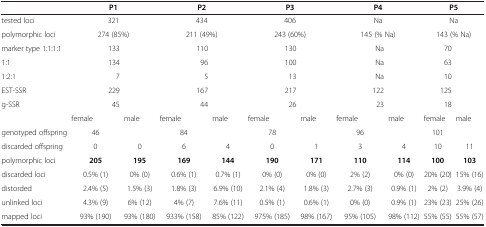
<table><thead><tr><td><b> </b></td><td colspan="2"><b>P1</b></td><td colspan="2"><b>P2</b></td><td colspan="2"><b>P3</b></td><td colspan="2"><b>P4</b></td><td colspan="2"><b>P5</b></td></tr></thead><tbody><tr><td>tested loci</td><td colspan="2">321</td><td colspan="2">434</td><td colspan="2">406</td><td colspan="2">Na</td><td colspan="2">Na</td></tr><tr><td>polymorphic loci</td><td colspan="2">274 (85%)</td><td colspan="2">211 (49%)</td><td colspan="2">243 (60%)</td><td colspan="2">145 (% Na)</td><td colspan="2">143 (% Na)</td></tr><tr><td>marker type 1:1:1:1</td><td colspan="2">133</td><td colspan="2">110</td><td colspan="2">130</td><td colspan="2">Na</td><td colspan="2">70</td></tr><tr><td>1:1</td><td colspan="2">134</td><td colspan="2">96</td><td colspan="2">100</td><td colspan="2">Na</td><td colspan="2">63</td></tr><tr><td>1:2:1</td><td colspan="2">7</td><td colspan="2">5</td><td colspan="2">13</td><td colspan="2">Na</td><td colspan="2">10</td></tr><tr><td>EST-SSR</td><td colspan="2">229</td><td colspan="2">167</td><td colspan="2">217</td><td colspan="2">122</td><td colspan="2">125</td></tr><tr><td>g-SSR</td><td colspan="2">45</td><td colspan="2">44</td><td colspan="2">26</td><td colspan="2">23</td><td colspan="2">18</td></tr><tr><td> </td><td>female</td><td>male</td><td>female</td><td>male</td><td>female</td><td>male</td><td>female</td><td>male</td><td>female</td><td>male</td></tr><tr><td>genotyped offspring</td><td>46</td><td> </td><td>84</td><td> </td><td>78</td><td> </td><td>96</td><td> </td><td>101</td><td> </td></tr><tr><td>discarded offspring</td><td>0</td><td>0</td><td>6</td><td>4</td><td>0</td><td>1</td><td>3</td><td>4</td><td>10</td><td>11</td></tr><tr><td>polymorphic loci</td><td><b>205</b></td><td><b>195</b></td><td><b>169</b></td><td><b>144</b></td><td><b>190</b></td><td><b>171</b></td><td><b>110</b></td><td><b>114</b></td><td><b>100</b></td><td><b>103</b></td></tr><tr><td>discarded loci</td><td>0.5% (1)</td><td>0% (0)</td><td>0.6% (1)</td><td>0.7% (1)</td><td>0% (0)</td><td>0% (0)</td><td>2% (2)</td><td>0% (0)</td><td>20% (20)</td><td>15% (16)</td></tr><tr><td>distorded</td><td>2.4% (5)</td><td>1.5% (3)</td><td>1.8% (3)</td><td>6.9% (10)</td><td>2.1% (4)</td><td>1.8% (3)</td><td>2.7% (3)</td><td>0.9% (1)</td><td>2% (2)</td><td>3.9% (4)</td></tr><tr><td>unlinked loci</td><td>4.3% (9)</td><td>6% (12)</td><td>4% (7)</td><td>7.6% (11)</td><td>0.5% (1)</td><td>0.6% (1)</td><td>0% (0)</td><td>0.9% (1)</td><td>23% (23)</td><td>25% (26)</td></tr><tr><td>mapped loci</td><td>93% (190)</td><td>93% (180)</td><td>933% (158)</td><td>85% (122)</td><td>975% (185)</td><td>98% (167)</td><td>95% (105)</td><td>98% (112)</td><td>55% (55)</td><td>55% (57)</td></tr></tbody></table>